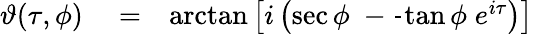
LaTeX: \begin{array}{rlr}{\vartheta(\tau,\phi)}&{{}=}&{\arctan\left[i\left(\sec\phi\; -\frac{}{}\tan\phi\; e^{i\tau}\right)\right]}\end{array}